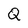
Character: Q